Report on vaccination North-West Frontier Province 1904-1922 - 1904-1922
Year: 1904
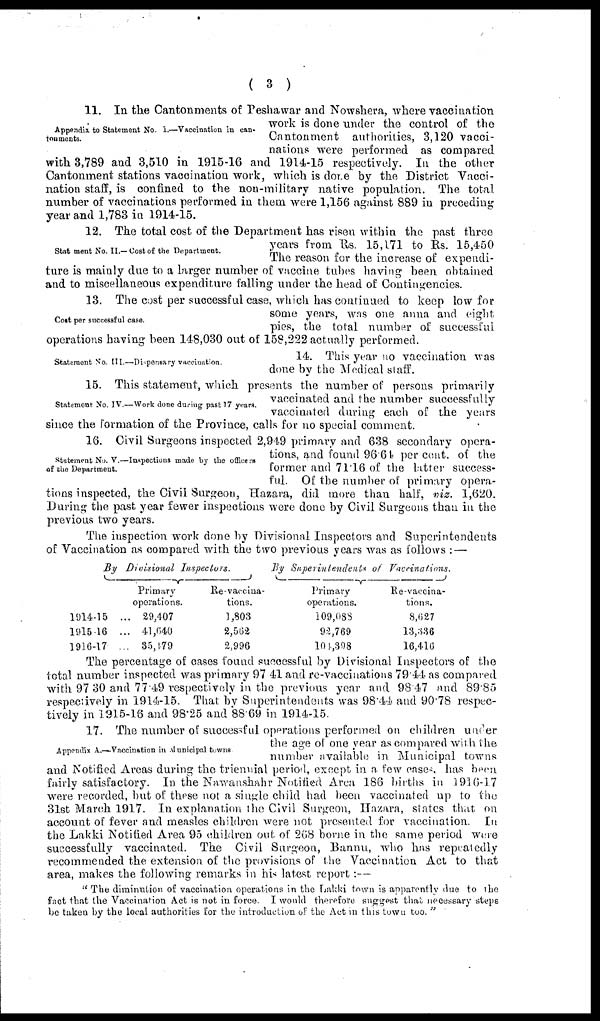
( 3 )
Appendix to Statement No. I.—Vaccination in can¬
tonments.
11. In the Cantonments of Peshawar and Nowshera, where vaccination
work is done under the control of the
Cantonment authorities, 3,120 vacci-
nations were performed as compared
with 3,789 and 3,510 in 1915-16 and 1914-15 respectively. In the other
Cantonment stations vaccination work, which is done by the District Vacci-
nation staff, is confined to the non-military native population. The total
number of vaccinations performed in them were 1,156 against 889 in preceding
year and 1,783 in 1914-15.
Statement No. II.—Cost of the Department.
12. The total cost of the Department has risen within the past three
years from Rs. 15,171 to Rs. 15,450
The reason for the increase of expendi-
ture is mainly due to a larger number of vaccine tubes having been obtained
and to miscellaneous expenditure falling under the head of Contingencies.
Cost per successful case.
13. The cost per successful case, which has continued to keep low for
some years, was one anna and eight
pies, the total number of successful
operations having been 148,030 out of 158,222 actually performed.
Statement No. III.—Dispensary vaccination.
14. This year no vaccination was
done by the Medical staff.
Statement No. IV—Work done during past 17 years.
15. This statement, which presents the number of persons primarily
vaccinated and the number successfully
vaccinated during each of the years
since the formation of the Province, calls for no special comment.
Statement No. V.— Inspections made by the officers
of the Department.
16. Civil Surgeons inspected 2,949 primary and 638 secondary opera-
tions, and found 96.64 per cent. of the
former and 71.16 of the latter success-
ful. Of the number of primary opera-
tions inspected, the Civil Surgeon, Hazara, did more than half, viz. 1,620.
During the past year fewer inspections were done by Civil Surgeons than in the
previous two years.
The inspection work done by Divisional Inspectors and Superintendents
of Vaccination as compared with the two previous years was as follows :—
By Divisional
Inspectors.
1914-15
...
1915-16
...
1916-17 ...
Primary
operations.
29,407
41,640
35,179
Re-vaccina¬
tions.
1,803
2,562
2,996
By Superintendents
of
Vaccinations.
Primary
operations.
109,088
92,769
101,398
Re-vaccina¬
tions.
8,627
13,336
16,416
The percentage of cases found successful by Divisional Inspectors of the
total number inspected was primary 97.41 and re-vaccinations 79.44 as compared
with 97.30 and 77.49 respectively in the previous year and 98.47 and 89.85
respectively in 1914-15. That by Superintendents was 98.44 and 90.78 respec-
tively in 1915-16 and 98.25 and 88.69 in 1914-15.
Appendix A.—Vaccination in Municipal towns.
17. The number of successful operations performed on children under
the age of one year as compared with the
number available in Municipal towns
and Notified Areas during the triennial period, except in a few cases, has been
fairly satisfactory. In the Nawanshahr Notified Area 186 births in 1916-17
were recorded, but of these not a single child had been vaccinated up to the
31st March 1917. In explanation the Civil Surgeon, Hazara, states that on
account of fever and measles children were not presented for vaccination. In
the Lakki Notified Area 95 children out of 268 borne in the same period were
successfully vaccinated. The Civil Surgeon, Bannu, who has repeatedly
recommended the extension of the provisions of the Vaccination Act to that
area, makes the following remarks in his latest report :--
"The diminution of vaccination operations in the Lakki town is apparently due to the
fact that the Vaccination Act is not in force. I would therefore suggest that necessary steps
be taken by the local authorities for the introduction of the Act in this town too."